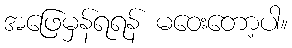
အဖြေမှန်ရရန် မဝေးတော့ပါ။